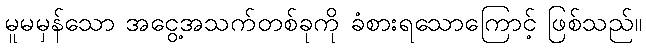
မူမမှန်သော အငွေ့အသက်တစ်ခုကို ခံစားရသောကြောင့် ဖြစ်သည်။